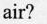
air?